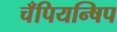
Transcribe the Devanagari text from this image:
चँपियन्षिप